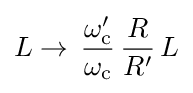
L\to \,{\frac {\omega _{\text{c}}'}{\omega _{\text{c}}}}\,{\frac {R}{R'}}\,L